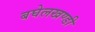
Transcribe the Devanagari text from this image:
बघेलखण्डी